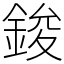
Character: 鋑